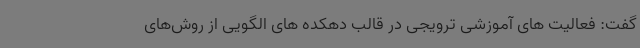
گفت: فعالیت های آموزشی ترویجی در قالب دهکده های الگویی از روش‌های